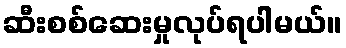
ဆီးစစ်ဆေးမှုလုပ်ရပါမယ်။